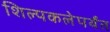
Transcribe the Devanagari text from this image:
शिल्पकलेपर्यंत